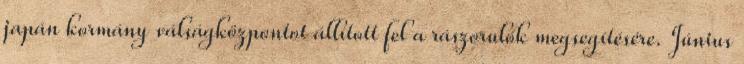
japán kormány válságközpontot állított fel a rászorulók megsegítésére. Június